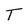
Character: T